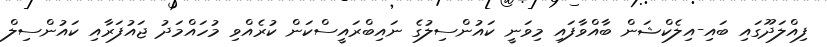
ފިއްލަދޫގައި ބައި-އިލެކްޝަން ބާއްވާފައި މިވަނީ ކައުންސިލުގެ ނައިބްރައީސްކަން ކުރެއްވި މުހައްމަދު ޖައުފަރާއި ކައުންސިލް